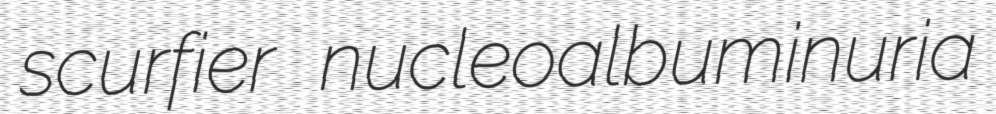
scurfier nucleoalbuminuria